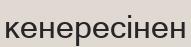
кенересінен